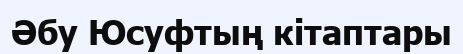
Әбу Юсуфтың кітаптары